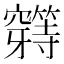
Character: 𰩟